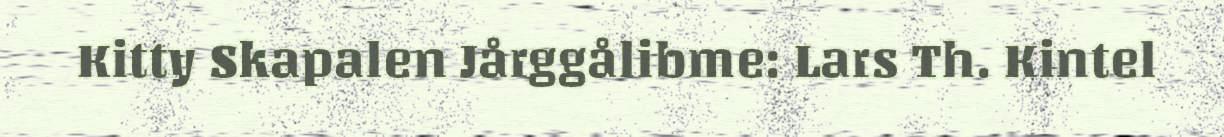
Kitty Skapalen Jårggålibme: Lars Th. Kintel